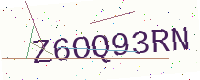
Text: Z6OQ93RN